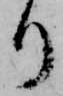
り